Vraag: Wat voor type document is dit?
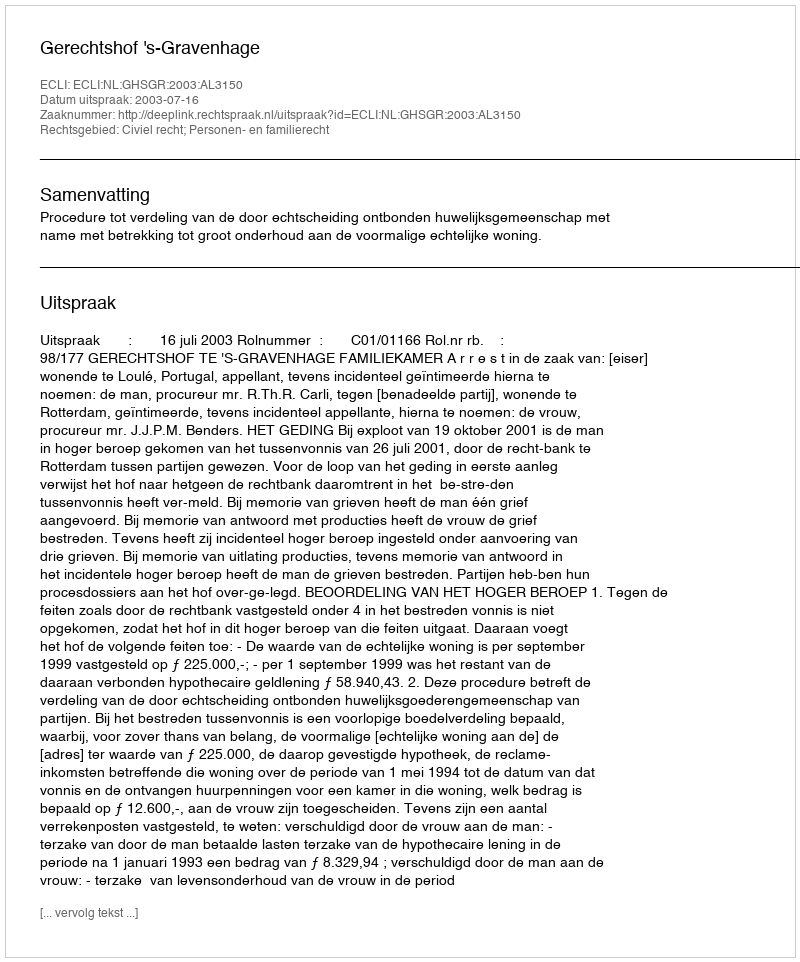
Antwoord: Uitspraak